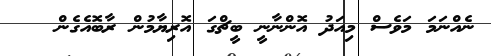
ނެއްނަމަ މަވެސް މިއަދު އޮންނާނީ ބީޗްގަ އޮރިޔާމުން ރާބޮއެގެން